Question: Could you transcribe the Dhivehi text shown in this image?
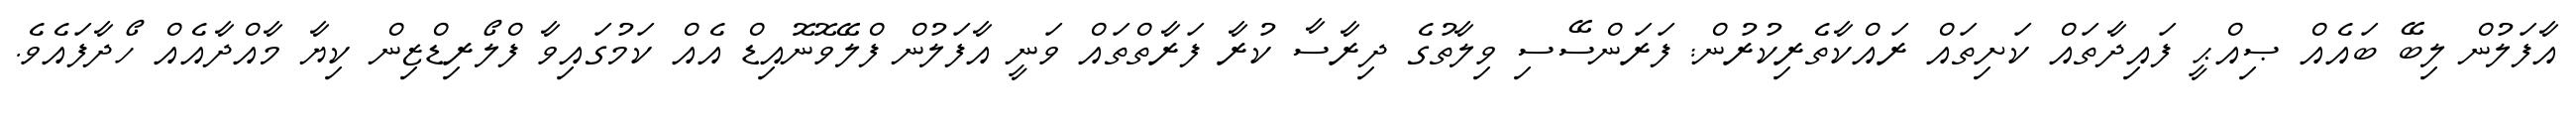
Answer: އާފަލުން ލިބޭ ބައެއް ޞިއްޙީ ފައިދާތައް ކަށިތައް ރައްކާތެރިކުރުން: ފަރަންސޭސި ވިލާތުގެ ދިރާސާ ކުރާ ފަރާތްތައް ވަނީ އާފަލުން ފްލޭވޮނޮއިޑް އެއް ކަމުގައިވާ ފްލޯރިޑްޒިން ކިޔާ މާއްދާއެއް ހޯދާފައެވެ.